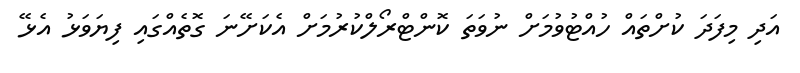
އަދި މިފަދަ ކުށްތައް ހުއްޓުވުމަށް ނުވަތަ ކޮންޓްރޯލްކުރުމަށް އެކަށޭނަ ގޮތެއްގައި ފިޔަވަޅު އެޅޭ